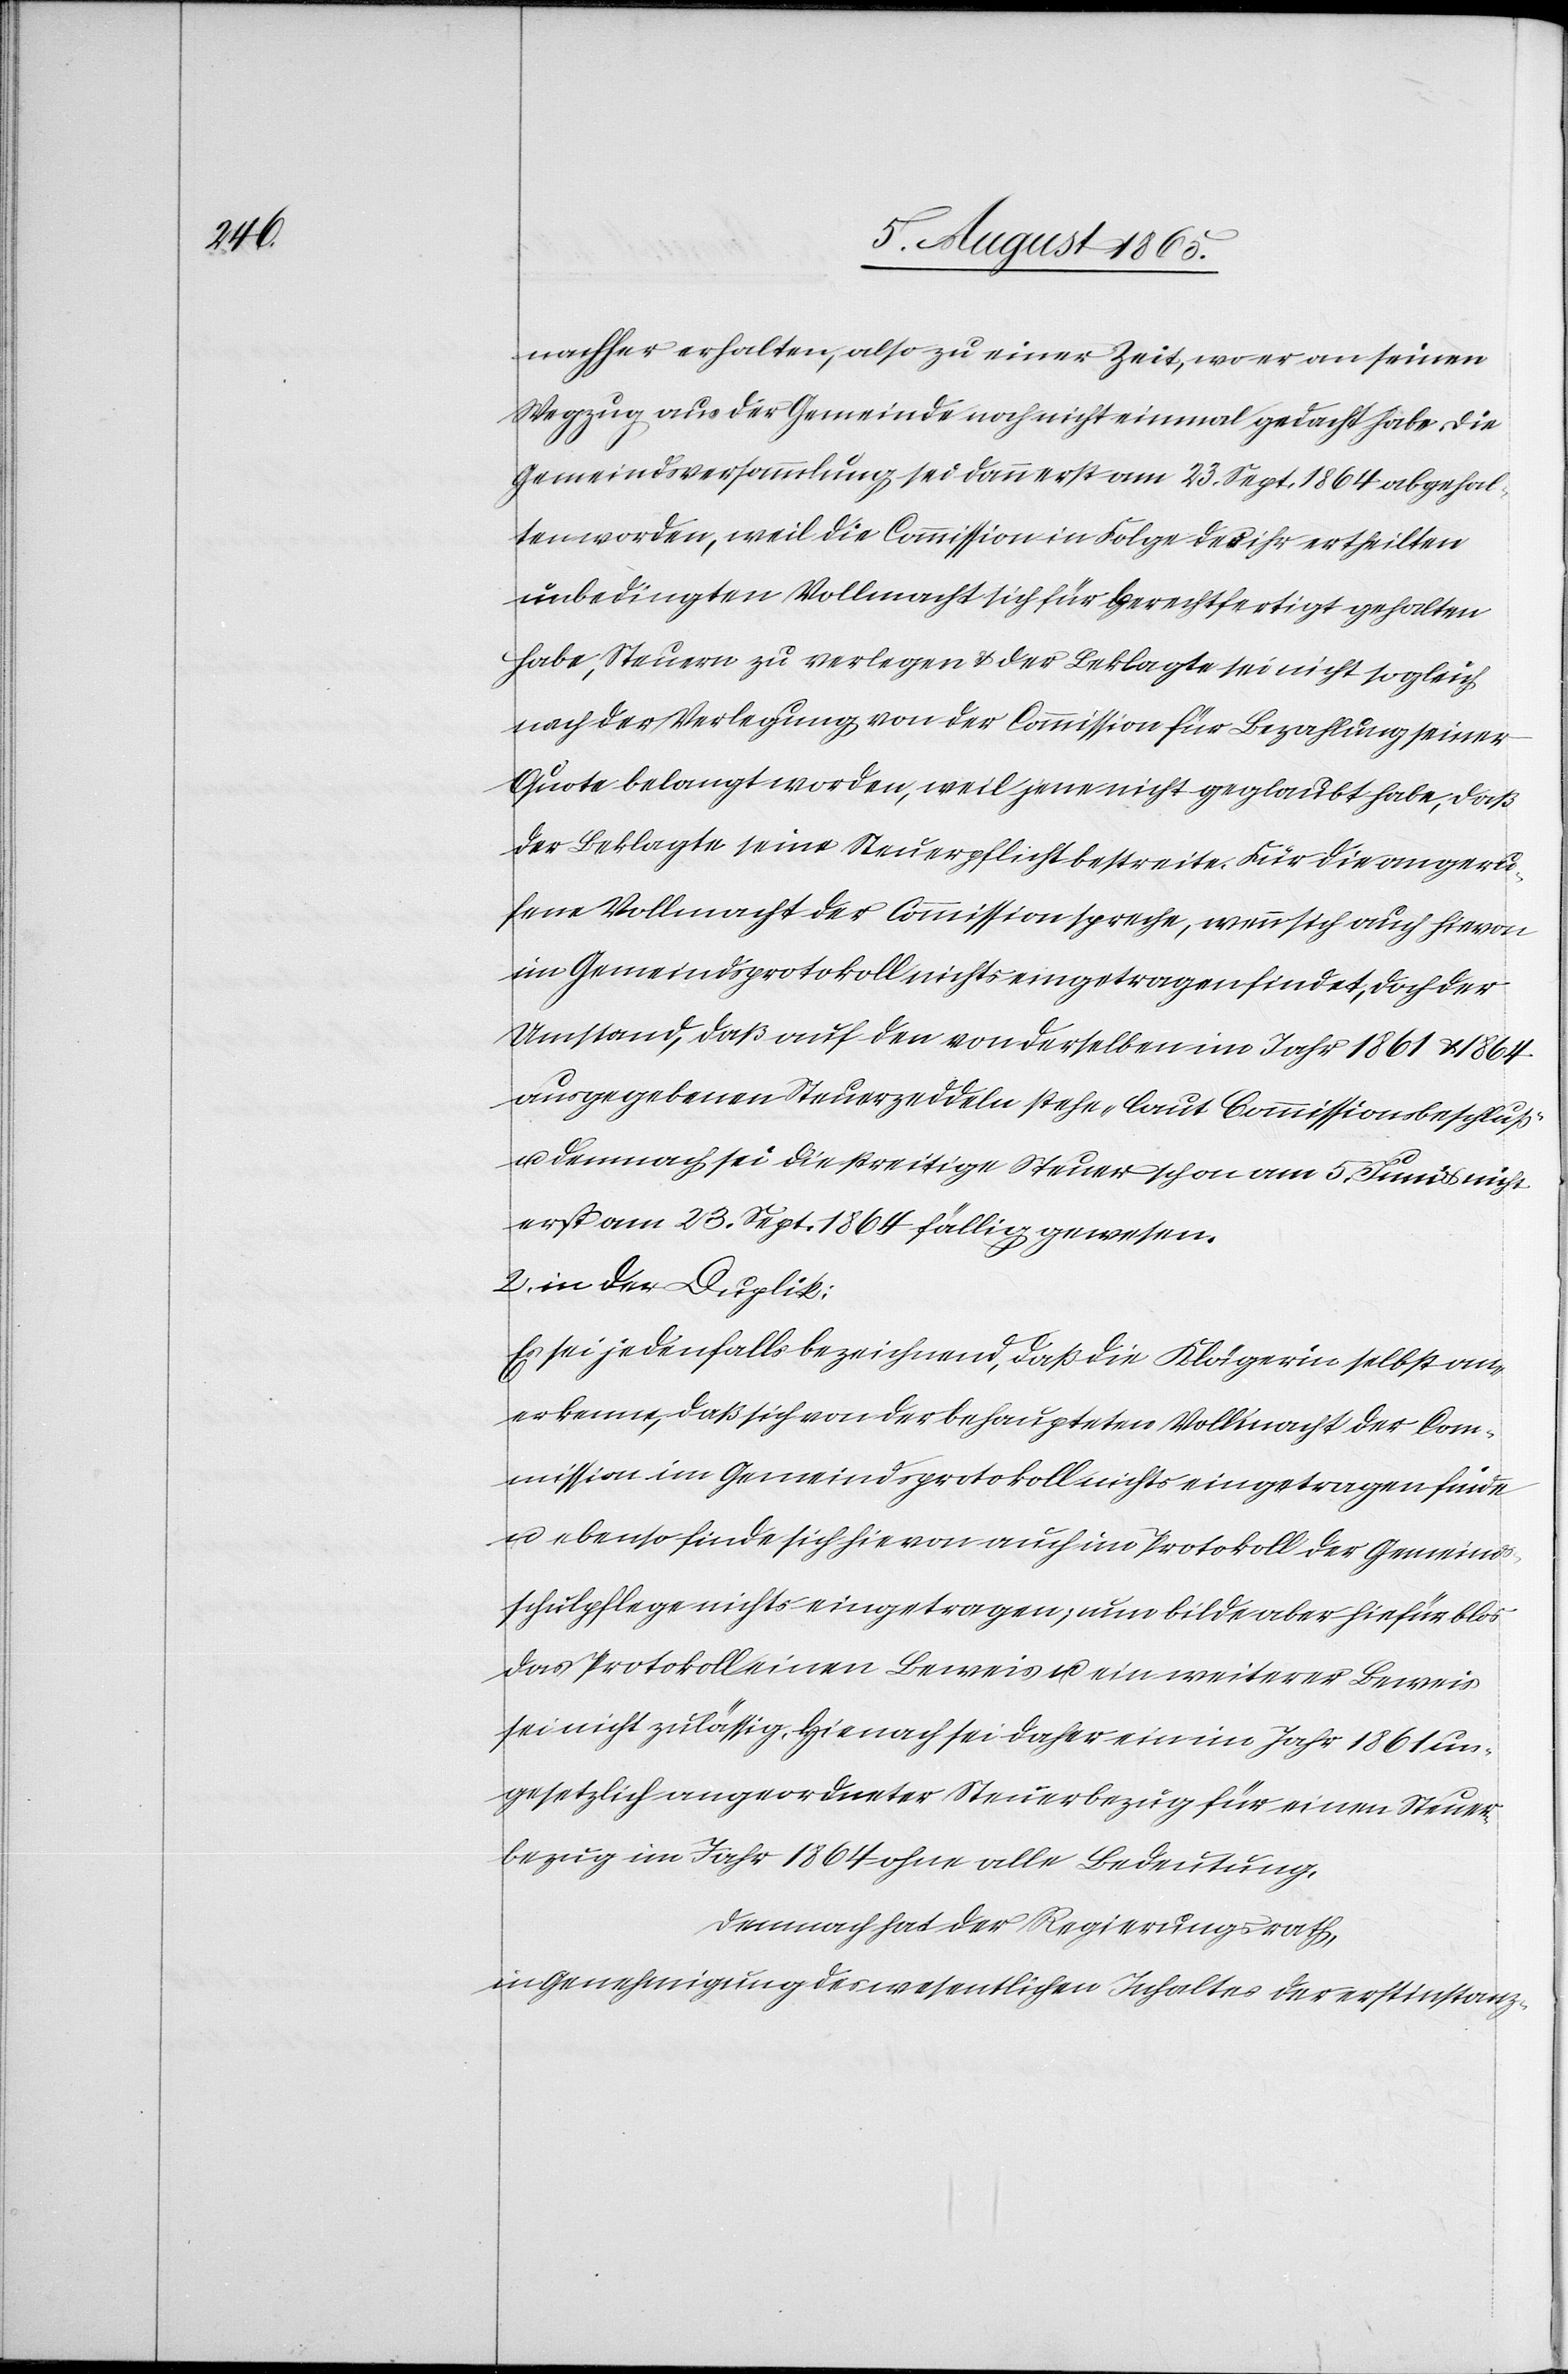
nachher erhalten, also zu einer Zeit, wo er an seinen
Wegzug aus der Gemeinde noch nicht einmal gedacht habe. Die
Gemeindsversammlung sei dann erst am 23. Sept. 1864 abgehal¬
ten worden, weil die Commission in Folge des ihr ertheilten
unbedingten Vollmacht sich für berechtfertigt gehalten
habe, Steuern zu verlegen u. der Beklagte sei nicht sogleich
nach der Verlegung von der Commission für Bezahlung seiner
Quote belangt worden, weil jene nicht geglaubt habe, daß
der Beklagte seine Steuerpflicht bestreite. Für die angeru¬
fene Vollmacht der Commission spreche, wenn sich auch hievon
im Gemeindsprotokoll nichts eingetragen findet, doch der
Umstand, daß auf den von derselben im Jahr 1861 u. 1864
ausgegebenen Steuerzeddeln stehe „laut Commissionsbeschluß“
u. demnach sei die streitige Steuer schon am 5. Juni u. nicht
erst am 23. Sept. 1864 fällig gewesen.
2. in der Duplik:
Es sei jedenfalls bezeichnend, daß die Klägerin selbst an¬
erkenne, daß sich von der behaupteten Vollmacht der Com¬
mission im Gemeindsprotokoll nichts eingetragen finde
u. ebenso finde sich hievon auch im Protokoll der Gemeinds¬
schulpflege nichts eingetragen; nun bilde aber hiefür blos
das Protokoll einen Beweis u. ein weiterer Beweis
sei nicht zulässig. Hienach sei daher ein im Jahr 1861 un¬
gesetzlich angeordneter Steuerbezug für einen Steuer¬
bezug im Jahr 1864 ohne alle Bedeutung.
Demnach hat der Regierungsrath,
in Genehmigung des wesentlichen Inhaltes der erstinstanz-